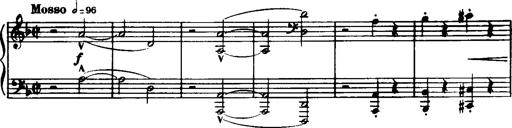
Title: Historische ungarische Bildnisse
Composer: Franz Liszt